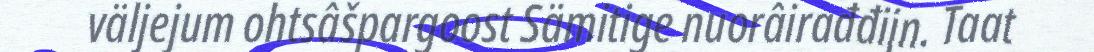
väljejum ohtsâšpargoost Sämitige nuorâirađđijn. Taat